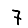
Digit: 7